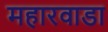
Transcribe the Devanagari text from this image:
महारवाडा